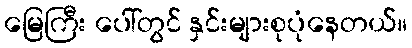
မြေကြီး ပေါ်တွင် နှင်းများစုပုံနေတယ်။